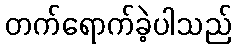
တက်ရောက်ခဲ့ပါသည်